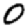
Digit: 0